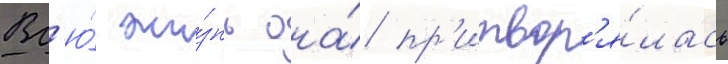
Вс'ю́ жи́знь она́ пр'итвор'я́лась